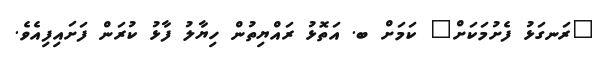
"ރަނގަޅު ފެށުމަކަށް" ކަމަށް ބ. އަތޮޅު ރައްޔިތުން ހިޔާލު ފާޅު ކުރަން ފަށައިފިއެވެ.